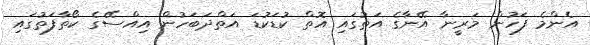
އެންމެ ފަހުން މަރީނާ އޭނާގެ އަތުގައި އޮތް ކުޑަކުޑަ އަތްދަބަހުން އިއްސޭގެ ކޯތާފަތުގައި